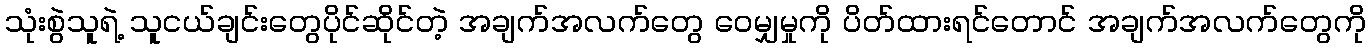
သုံးစွဲသူရဲ့ သူငယ်ချင်းတွေပိုင်ဆိုင်တဲ့ အချက်အလက်တွေ ဝေမျှမှုကို ပိတ်ထားရင်တောင် အချက်အလက်တွေကို